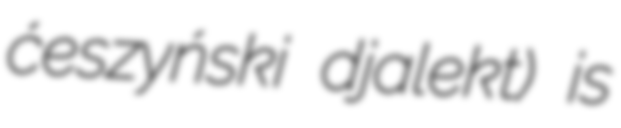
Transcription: ćeszyński djalekt) is